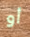
أو